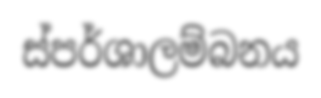
ස්පර්ශාලම්බනය